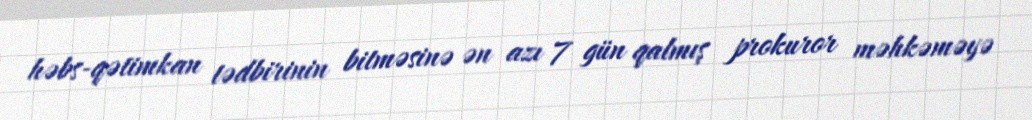
həbs-qətimkan tədbirinin bitməsinə ən azı 7 gün qalmış prokuror məhkəməyə